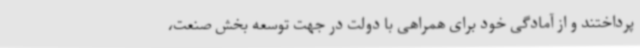
پرداختند و از آمادگی خود برای همراهی با دولت در جهت توسعه بخش صنعت،